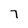
Character: 7